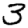
Digit: 3